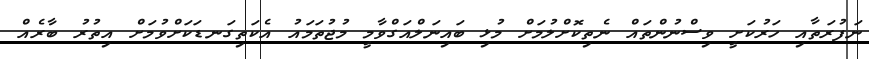
ނަފުރަތާއި ހަރުކަށީ ވިސްނުންތައް ނެތިކޮށްލުމަށް މުޅި ބައިނަލްއަގްވާމީ މުޖުތަމައު އެކަތިގަނޑަކަށްވުމަށް އިތުރު ބާރެއް